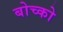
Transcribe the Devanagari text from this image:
बोच्को